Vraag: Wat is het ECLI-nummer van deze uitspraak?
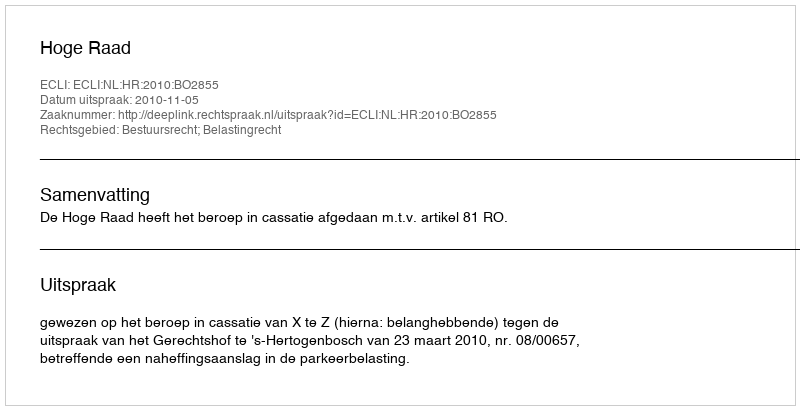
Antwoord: ECLI:NL:HR:2010:BO2855